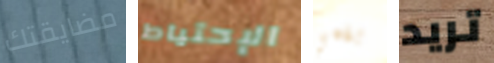
مضايقتك الإحتياط بفمي تريد